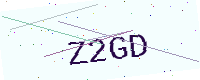
Text: Z2GD